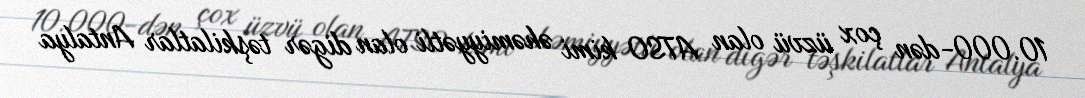
10.000-dən çox üzvü olan ATSO kimi əhəmiyyətli olan digər təşkilatlar Antalya